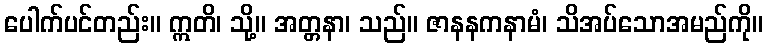
ပေါက်ပင်တည်း။ ဣတိ၊ သို့။ အတ္တနာ၊ သည်။ ဇာနနကနာမံ၊ သိအပ်သောအမည်ကို။